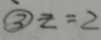
\textcircled { 3 } z = 2